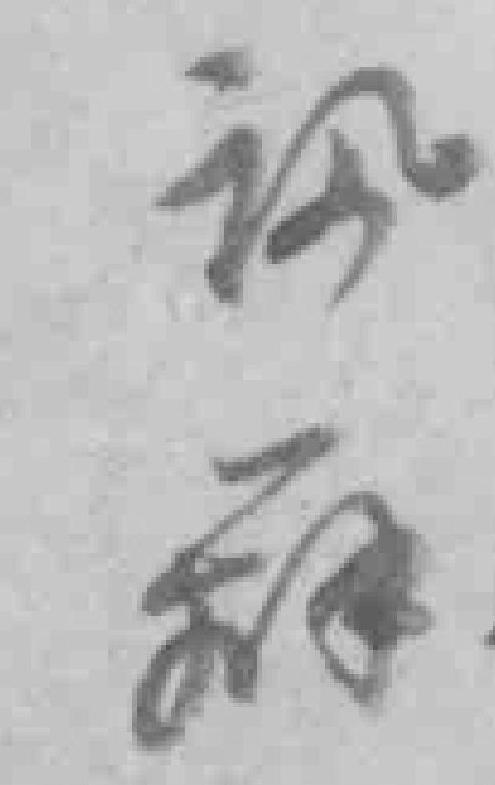
讯稱